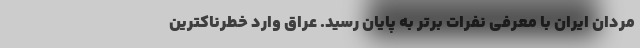
مردان ایران با معرفی نفرات برتر به پایان رسید. عراق وارد خطرناکترین